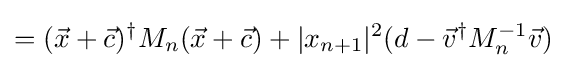
=({\vec {x}}+{\vec {c}})^{\dagger }M_{n}({\vec {x}}+{\vec {c}})+|x_{n+1}|^{2}(d-{\vec {v}}^{\dagger }M_{n}^{-1}{\vec {v}})